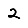
Digit: 2